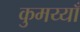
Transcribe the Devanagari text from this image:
कुमय्याँ